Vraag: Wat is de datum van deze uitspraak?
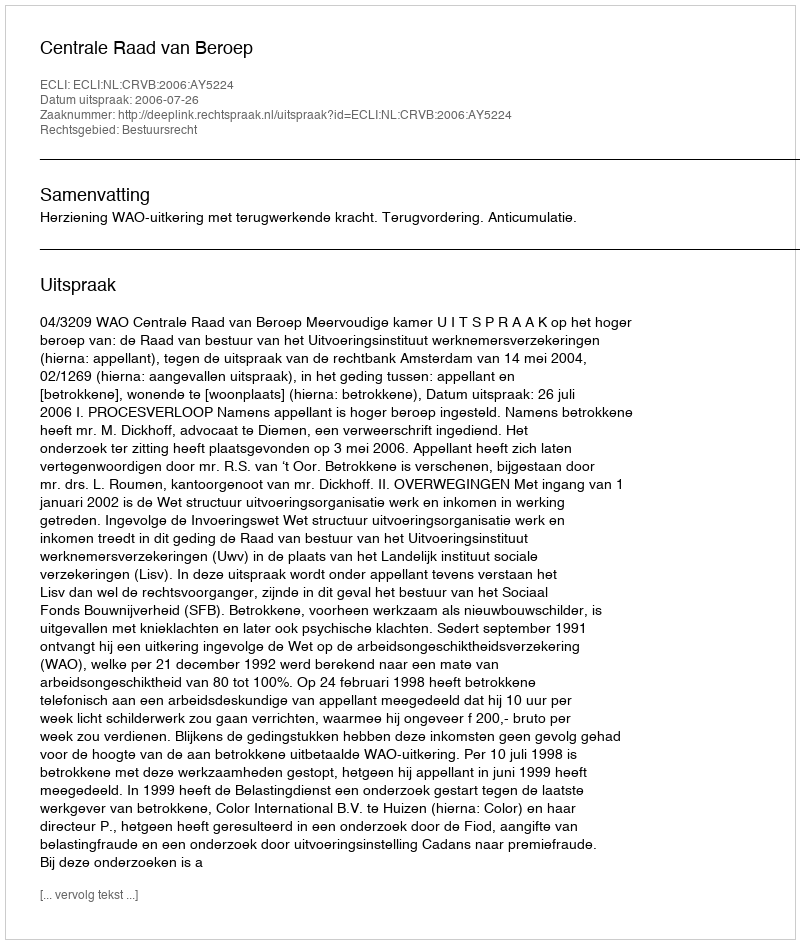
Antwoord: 2006-07-26